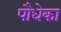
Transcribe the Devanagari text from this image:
पौधेका